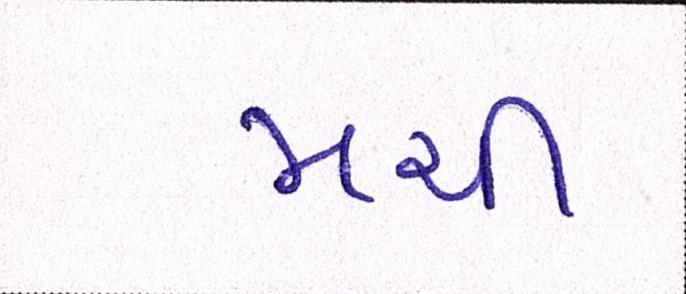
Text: મચી